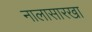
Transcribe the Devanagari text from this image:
नालासारखा